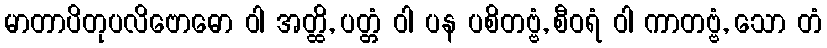
မာတာပိတုပလိဗောဓော ဝါ အတ္ထိ, ပတ္တံ ဝါ ပန ပစိတဗ္ဗံ, စီဝရံ ဝါ ကာတဗ္ဗံ, သော တံ